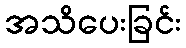
အသိပေးခြင်း